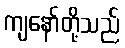
ကျနော်တို့သည်